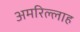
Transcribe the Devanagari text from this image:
अमरिल्लाह